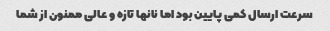
سرعت ارسال کمی پایین بود اما نانها تازه و عالی ممنون از شما